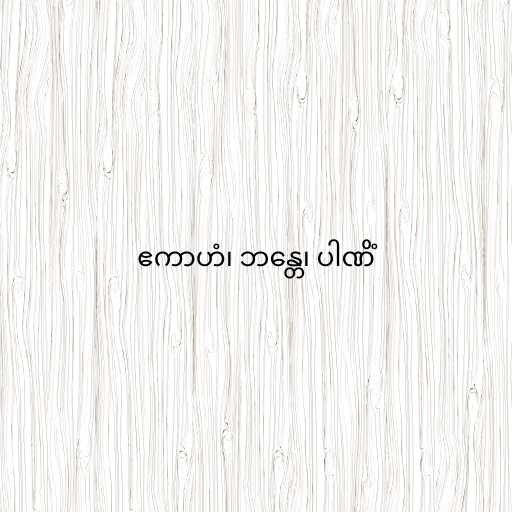
ဧကာဟံ၊ ဘန္တေ၊ ပါဏိံ